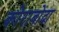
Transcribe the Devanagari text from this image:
कोराबोदा